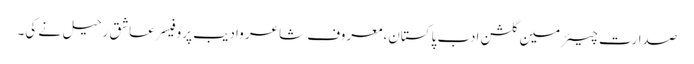
صدارت چیئرمین گلشنِ ادب پاکستان،معروف شاعر وادیب پروفیسر عاشق رحیل نے کی۔